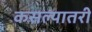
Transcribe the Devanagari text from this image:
कसल्यातरी